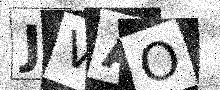
Text: JVAO